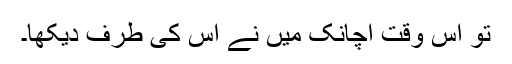
تو اس وقت اچانک میں نے اس کی طرف دیکھا۔